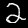
Digit: 2